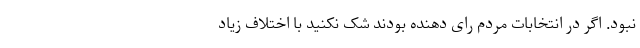
نبود. اگر در انتخابات مردم رای دهنده بودند شک نکنید با اختلاف زیاد